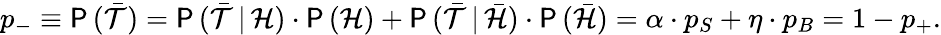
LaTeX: p_{-}\equiv\mathsf{P}\, (\bar{\mathcal{T}})=\mathsf{P}\, (\bar{\mathcal{T}}\, |\, \mathcal{H})\cdot\mathsf{P}\, (\mathcal{H})+\mathsf{P}\, (\bar{\mathcal{T}}\, |\, \bar{\mathcal{H}})\cdot\mathsf{P}\, (\bar{\mathcal{H}})=\alpha\cdot p_{S}+\eta\cdot p_{B}=1-p_{+}.